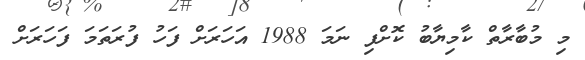
މި މުބާރާތް ކާމިޔާބު ކޮށްފި ނަމަ 1988 އަހަރަށް ފަހު ފުރަތަމަ ފަހަރަށް